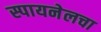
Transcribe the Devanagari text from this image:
स्पायनेलचा